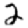
Digit: 2